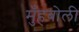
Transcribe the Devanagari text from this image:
मुँहबोली